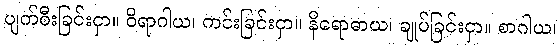
ပျက်စီးခြင်းငှာ။ ဝိရာဂါယ၊ ကင်းခြင်းငှာ။ နိရောဓာယ၊ ချုပ်ခြင်းငှာ။ စာဂါယ၊